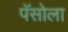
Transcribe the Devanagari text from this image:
पॅसोला